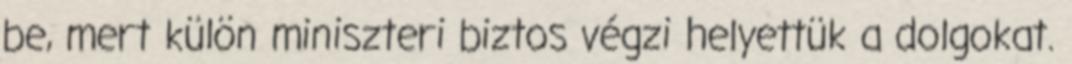
be, mert külön miniszteri biztos végzi helyettük a dolgokat.